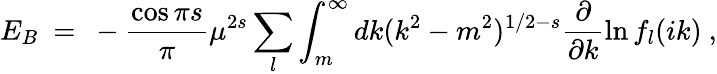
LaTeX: E_{B}\ =\ -\frac{\cos\pi s}{\pi}\mu^{2s}\sum_{l}\int_{m}^{\infty}dk(k^{2}-m^{2})^{1/2-s}\frac{\partial}{\partial k}\ln f_{l}(ik)\ ,